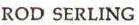
ROD SERLING